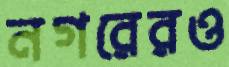
নগরেরও